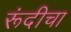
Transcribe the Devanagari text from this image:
रूंदीचा